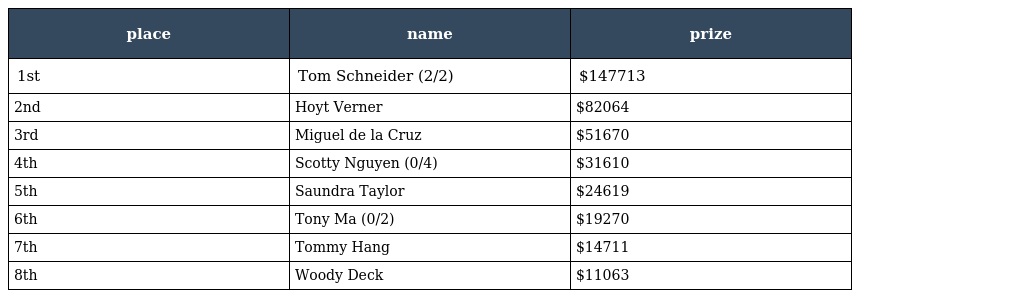
| place | name | prize |
 | --- | --- | --- |
 | 1st | Tom Schneider (2/2) | $147713 |
 | 2nd | Hoyt Verner | $82064 |
 | 3rd | Miguel de la Cruz | $51670 |
 | 4th | Scotty Nguyen (0/4) | $31610 |
 | 5th | Saundra Taylor | $24619 |
 | 6th | Tony Ma (0/2) | $19270 |
 | 7th | Tommy Hang | $14711 |
 | 8th | Woody Deck | $11063 |